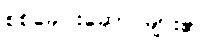
စစ်ခေါင်းဆောင်များ၏